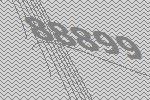
88899